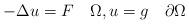
LaTeX: \begin{align*}-\Delta u = F \quad\Omega ,u=g\quad\partial\Omega\end{align*}